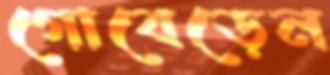
গোবেড়েন